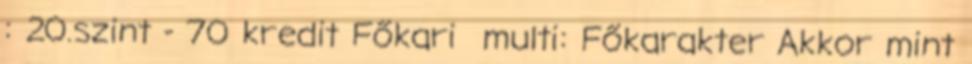
: 20.szint - 70 kredit Főkari multi: Főkarakter Akkor mint